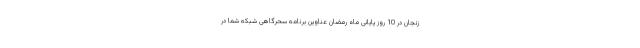
زنجان در 10 روز پایانی ماه رمضان عناوین برنامه سحرگاهی شبکه شما در